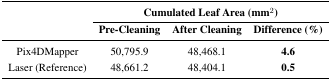
| <ROWSPAN=3>  | <COLSPAN=3> Cumulated Leaf Area (mm2) |
 | Pre-Cleaning | After Cleaning | Difference (%) |
 | --- | --- | --- | --- |
 | Pix4DMapper | 50,795.9 | 48,468.1 | 4.6 |
 | Laser (Reference) | 48,661.2 | 48,404.1 | 0.5 |